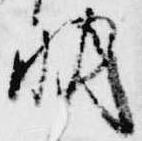
明